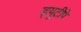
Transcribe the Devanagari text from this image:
ड्यूटीपे